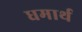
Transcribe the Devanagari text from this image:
धमार्थ